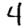
Digit: 4